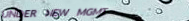
UNDER NEW MGMT